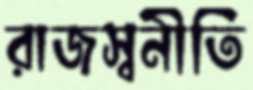
রাজস্বনীতি